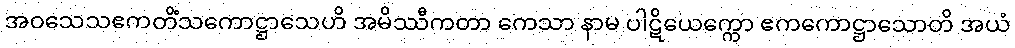
အဝသေသဧကတိံသကောဋ္ဌာသေဟိ အမိဿီကတာ ကေသာ နာမ ပါဋိယေက္ကော ဧကကောဋ္ဌာသောတိ အယံ